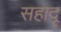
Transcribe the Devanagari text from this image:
सहादू